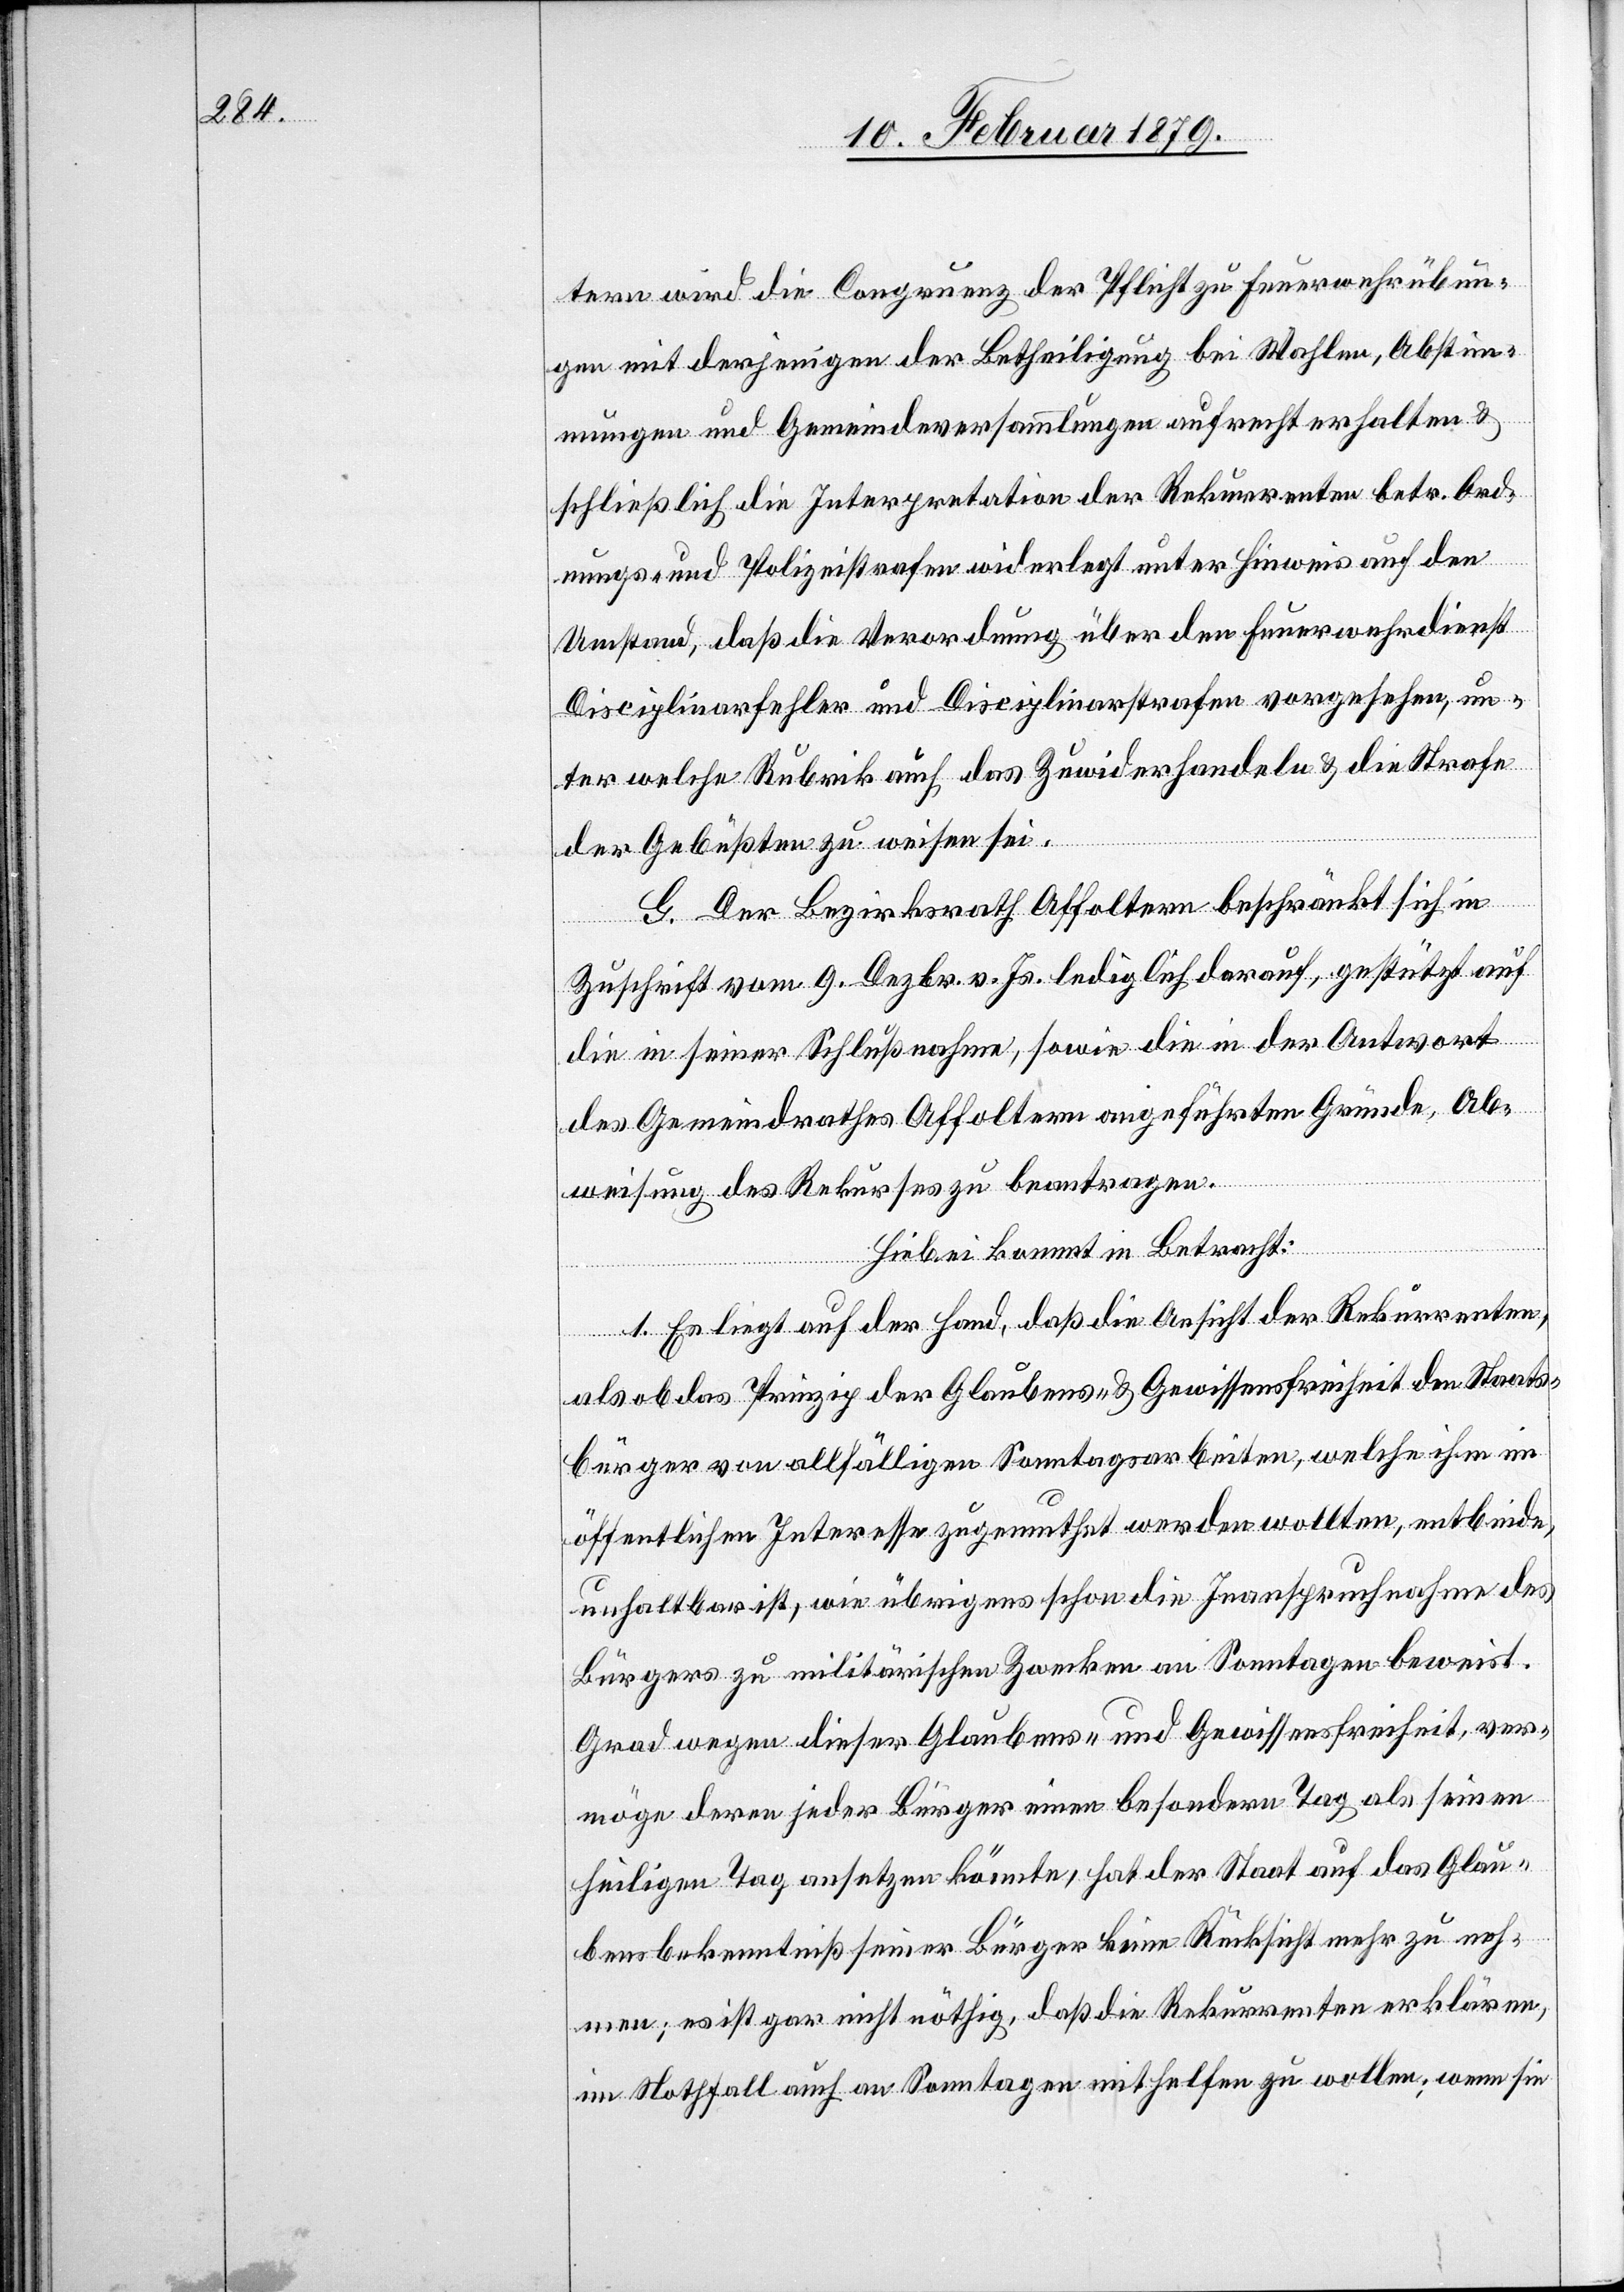
tern wird die Congruenz der Pflicht zu Feuerwehrübun¬
gen mit derjenigen der Betheiligung bei Wahlen, Abstim¬
mungen und Gemeindeversammlungen aufrecht erhalten &
schließlich die Interpretation der Rekurrenten betr. Ord¬
nungs- und Polizeistrafen widerlegt unter Hinweis auf den
Umstand, daß die Verordnung über den Feuerwehrdienst
Disciplinarfehler und Disciplinarstrafen vorgesehen, un¬
ter welche Rubrik auch das Zuwiderhandeln & die Strafe
der Gebüßten zu weisen sei.
G. Der Bezirksrath Affoltern beschränkt sich in
Zuschrift vom 9. Dezbr. v. Js. lediglich darauf, gestützt auf
die in seiner Schlußnahme, sowie die in der Antwort
des Gemeindrathes Affoltern angeführten Gründe, Ab¬
weisung des Rekurses zu beantragen.
Hiebei kommt in Betracht:
1. Es liegt auf der Hand, daß die Ansicht der Rekurrenten,
als ob das Prinzip der Glaubens- & Gewissensfreiheit den Staats¬
bürger von allfälligen Sonntagsarbeiten, welche ihm im
öffentlichen Interesse zugemuthet werden wollten, entbinde,
unhaltbar ist, wie übrigens schon die Inanspruchnahme des
Bürgers zu militärischen Zwecken an Sonntagen beweist.
Grad wegen dieser Glaubens- und Gewissensfreiheit, ver¬
möge deren jeder Bürger einen besondern Tag als seinen
heiligen Tag ansetzen könnte, hat der Staat auf das Glau¬
bensbekenntniß seiner Bürger keine Rücksicht mehr zu neh¬
men; es ist gar nicht nöthig, daß die Rekurrenten erklären,
im Nothfall auch an Sonntagen mithelfen zu wollen; wenn sie